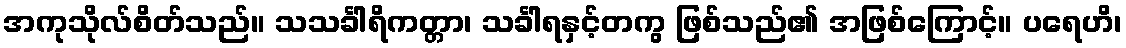
အကုသိုလ်စိတ်သည်။ သသင်္ခါရိကတ္တာ၊ သင်္ခါရနှင့်တကွ ဖြစ်သည်၏ အဖြစ်ကြောင့်။ ပရေဟိ၊